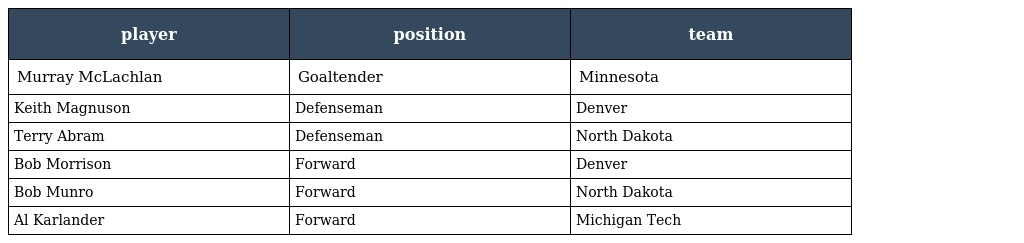
| player | position | team |
 | --- | --- | --- |
 | Murray McLachlan | Goaltender | Minnesota |
 | Keith Magnuson | Defenseman | Denver |
 | Terry Abram | Defenseman | North Dakota |
 | Bob Morrison | Forward | Denver |
 | Bob Munro | Forward | North Dakota |
 | Al Karlander | Forward | Michigan Tech |